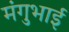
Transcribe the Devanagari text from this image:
मंगुभाई